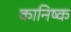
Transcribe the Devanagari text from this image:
कानिष्क